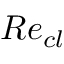
R e _ { c l }